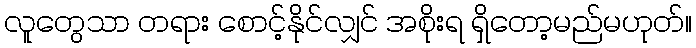
လူတွေသာ တရား စောင့်နိုင်လျှင် အစိုးရ ရှိတော့မည်မဟုတ်။